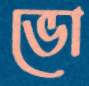
ভো